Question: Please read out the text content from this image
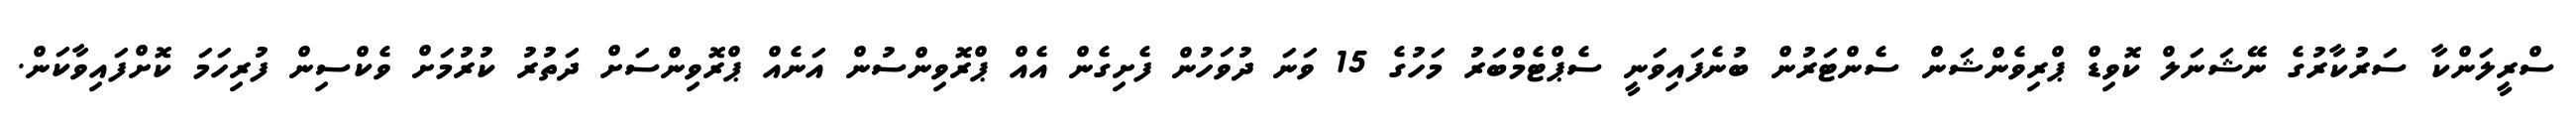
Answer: ސްރީލަންކާ ސަރުކާރުގެ ނޭޝަނަލް ކޮވިޑް ޕްރިވެންޝަން ސެންޓަރުން ބުނެފައިވަނީ ސެޕްޓެމްބަރު މަހުގެ 15 ވަނަ ދުވަހުން ފެށިގެން އެއް ޕްރޮވިންސުން އަނެއް ޕްރޮވިންސަށް ދަތުރު ކުރުމަށް ވެކްސިން ފުރިހަމަ ކޮށްފައިވާކަން.